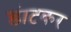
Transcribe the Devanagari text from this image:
डंाटकर